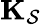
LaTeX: \mathbf{K}_{\mathcal{S}}